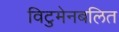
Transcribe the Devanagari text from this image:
विटुमेनबलित